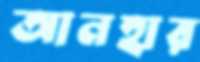
আনহার